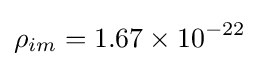
\rho _{im}=1.67\times 10^{-22}